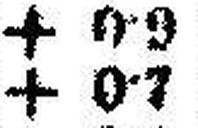
+ 0•7